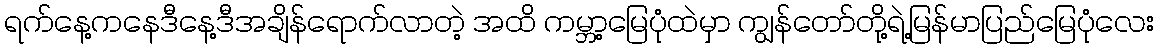
ရက်နေ့ကနေဒီနေ့ဒီအချိန်ရောက်လာတဲ့ အထိ ကမ္ဘာ့မြေပုံထဲမှာ ကျွန်တော်တို့ရဲ့မြန်မာပြည်မြေပုံလေး